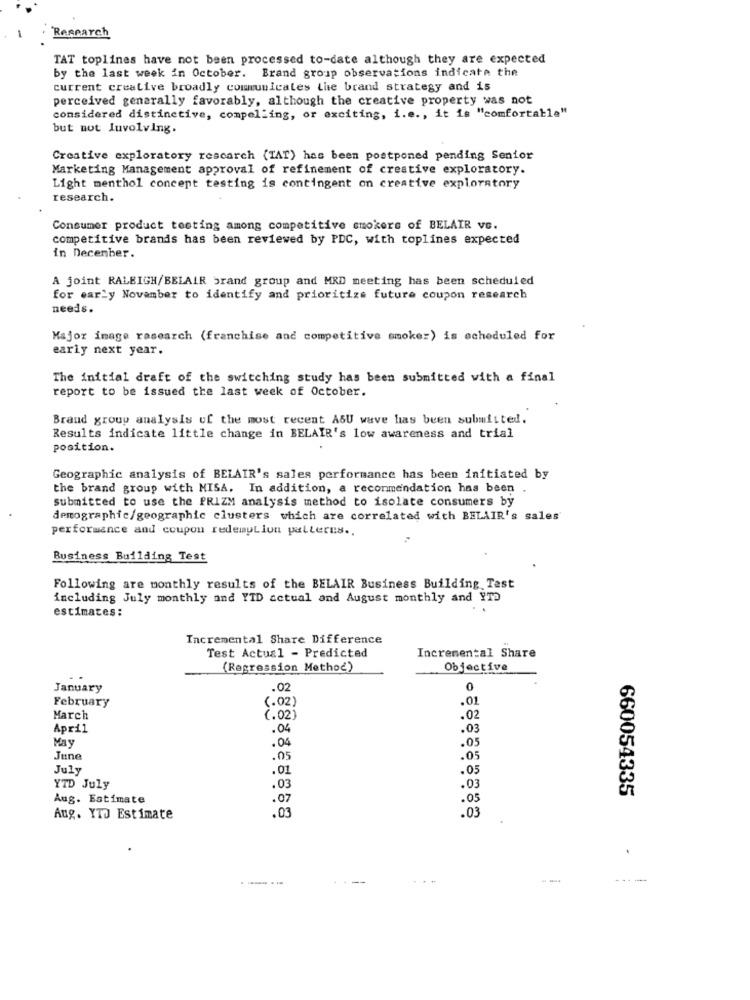
Research
TAT toplines have not been processed to-date although they are expected
by the last week in October. Brand group observations indicate the
current creative broadly communicates the brand strategy and is
perceived generally favorably, although the creative property was not
considered distinctive, compelling, or exciting, i.e ., it is "comfortable"
but not luvolving.
Creative exploratory rescarch (TAT) has been postponed pending Senior
Marketing Management approval of refinement of creative exploratory.
Light menthol concept testing is contingent on creative exploratory
research.
Consumer product testing among competitive smokers of BELAIR ve.
competitive brands has been reviewed by PDC, with toplines expected
in December.
A joint RALEIGH/BELAIR brand group and MRD meeting has been scheduled
for early November to identify and prioritize future coupon research
needs.
Major image rasearch (franchise and competitive smoker) is scheduled for
early next year.
The initial draft of the switching study has been submitted with a final
report to be issued the last week of October.
Brand group analysis of the most recent ASU wave has been submitted.
Results indicate little change in BELAIR's low awareness and trial
position.
Geographic analysis of BELAIR's sales performance has been initiated by
the brand group with MISA. In addition, a recommendation has been ,
submitted to use the PRIZM analysis method to isolate consumers by
demographic/geographic clusters which are correlated with BELAIR's sales
performance and coupon redemption patterns ..
Business Building Test
Following are monthly results of the BELAIR Business Building Test
including July monthly and YID actual and August monthly and YT?
estimates :
Incremental Share Difference
Test Actual - Predicted
Incremental Share
(Regression Method)
Objective
January
.02
0
February
(.02)
.01
March
(.02]
.02
April
.04
.03
May
.04
.05
June
.05
.05
July
.01
.05
YTD July
.03
.03
660054335
Aug. Estimate
.07
.05
.03
Aug. YTO Estimate
.03
----
----